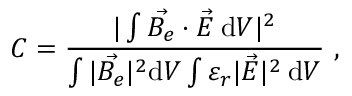
C = \frac { | \int \vec { B _ { e } } \cdot \vec { E } \: \mathrm { d } V | ^ { 2 } } { \int | \vec { B _ { e } } | ^ { 2 } \mathrm { d } V \int \varepsilon _ { r } | \vec { E } | ^ { 2 } \: \mathrm { d } V } ~ ,